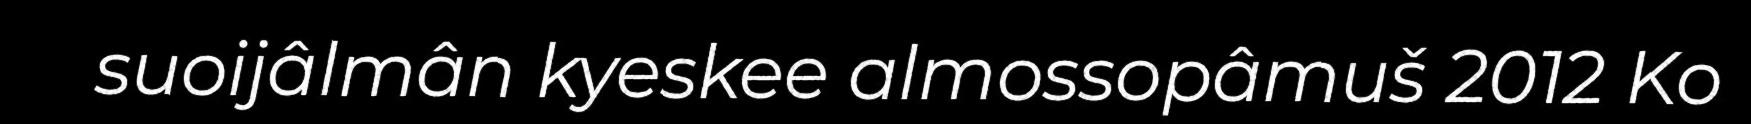
suoijâlmân kyeskee almossopâmuš 2012 Ko